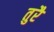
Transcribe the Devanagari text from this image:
तुरै